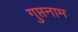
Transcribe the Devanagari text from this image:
गुप्तनाम